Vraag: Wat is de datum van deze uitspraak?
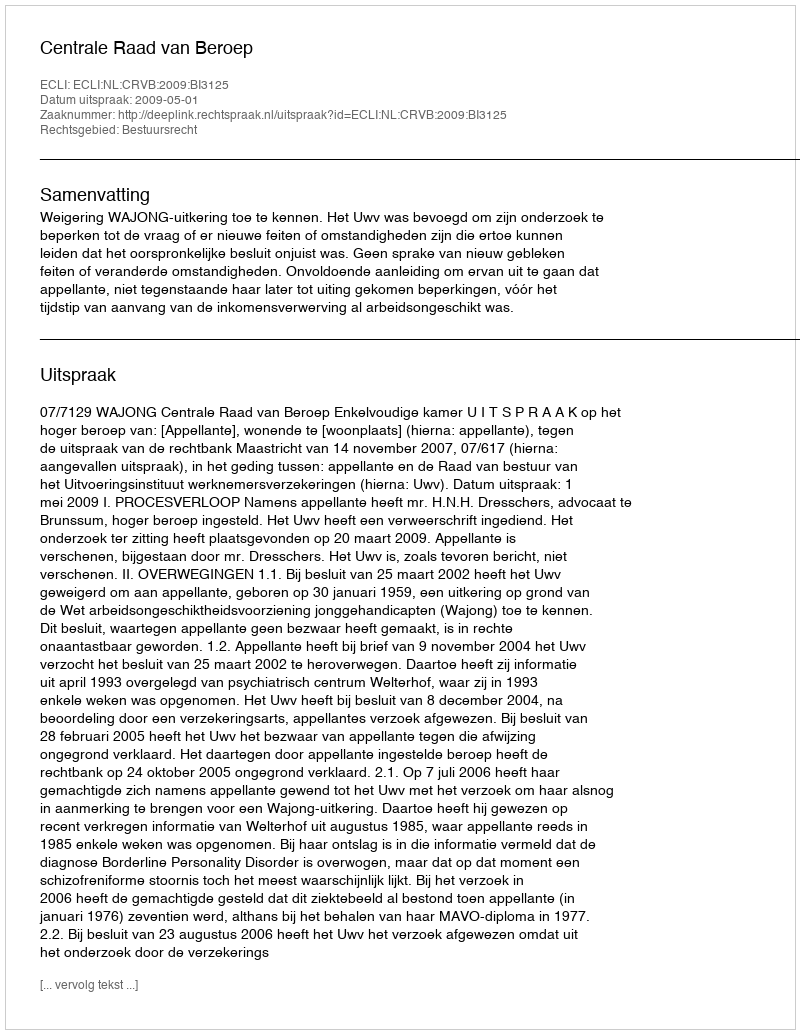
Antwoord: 2009-05-01